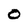
Character: 0